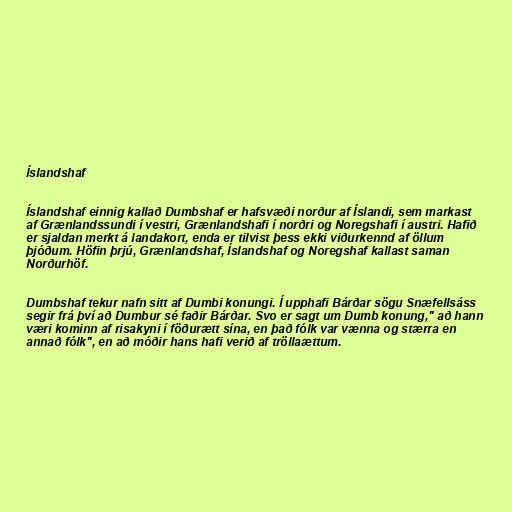
Íslandshaf

Íslandshaf einnig kallað Dumbshaf er hafsvæði norður af Íslandi, sem markast
af Grænlandssundi í vestri, Grænlandshafi í norðri og Noregshafi í austri. Hafið
er sjaldan merkt á landakort, enda er tilvist þess ekki viðurkennd af öllum
þjóðum. Höfin þrjú, Grænlandshaf, Íslandshaf og Noregshaf kallast saman
Norðurhöf.

Dumbshaf tekur nafn sitt af Dumbi konungi. Í upphafi Bárðar sögu Snæfellsáss
segir frá því að Dumbur sé faðir Bárðar. Svo er sagt um Dumb konung," að hann
væri kominn af risakyni í föðurætt sína, en það fólk var vænna og stærra en
annað fólk", en að móðir hans hafi verið af tröllaættum.